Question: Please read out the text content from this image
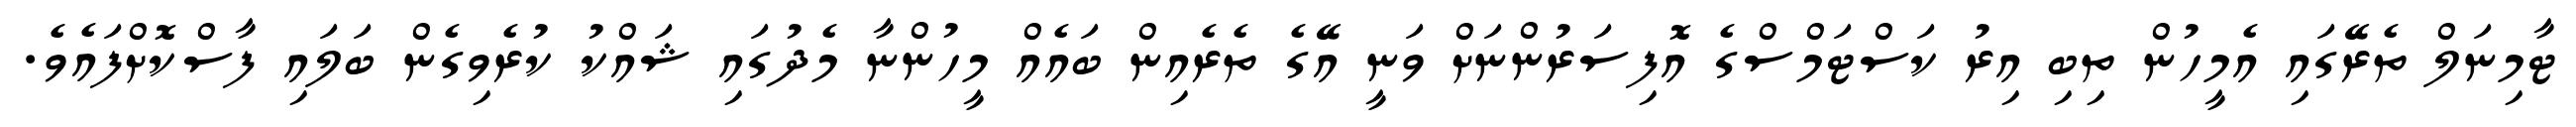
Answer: ޓާމިނަލް ތެރޭގައި އެމީހުން ތިބި އިރު ކަސްޓަމްސްގެ އޮފިސަރުންނަށް ވަނީ އޭގެ ތެރެއިން ބައެއް މީހުންނާ މެދުގައި ޝައްކު ކުރެވިގެން ބަލައި ފާސްކޮށްފައެވެ.